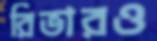
রিভারও